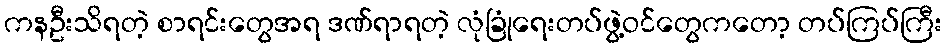
ကနဦးသိရတဲ့ စာရင်းတွေအရ ဒဏ်ရာရတဲ့ လုံခြုံရေးတပ်ဖွဲ့ဝင်တွေကတော့ တပ်ကြပ်ကြီး